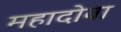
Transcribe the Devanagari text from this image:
महादोवा